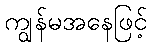
ကျွန်မအနေဖြင့်